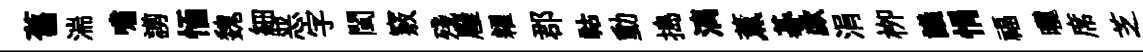
舊湍嘯謭愐魏細恶字閩竅殘廱糴郡祜動搗漓薫碁歔涓栁議悁福曬席芝